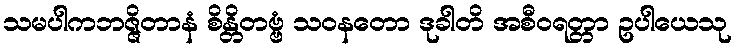
သမပါကဘဇ္ဇိတာနံ စိန္တိတဗ္ဗံ သဝနတော ဒုခါတိ အစီဝရတ္တာ ဥပါယေသု